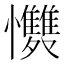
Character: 𭟩